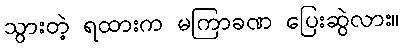
သွားတဲ့ ရထားက မကြာခဏ ပြေးဆွဲလား။